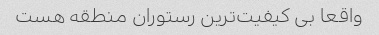
واقعا بی کیفیت‌ترین رستوران منطقه هست